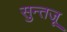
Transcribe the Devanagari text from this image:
सुन्तजू